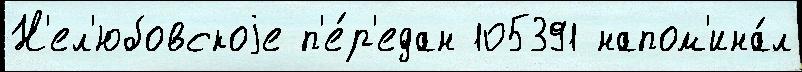
Н'ел'юбовскоjе п'е́р'едан 105391 напом'ина́л